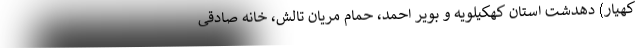
کهیار) دهدشت استان کهکیلویه و بویر احمد، حمام مریان تالش، خانه صادقی